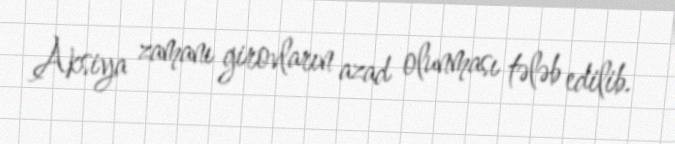
Aksiya zamanı girovların azad olunması tələb edilib.